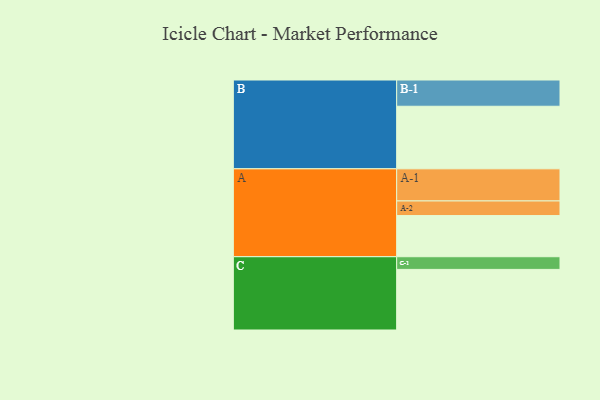
{"axis": {"x": "Segment", "y": "Value"}, "legend": ["", "A", "B", "C"], "data": [{"x": "A", "y": 315, "type": ""}, {"x": "B", "y": 479, "type": ""}, {"x": "C", "y": 464, "type": ""}, {"x": "A-1", "y": 246, "type": "A"}, {"x": "A-2", "y": 112, "type": "A"}, {"x": "B-1", "y": 201, "type": "B"}, {"x": "C-1", "y": 97, "type": "C"}]}